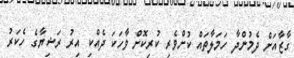
ގާޒާއަށް ދެމުންދާ ހަމަލާތައް ކުށްވެރި ކުރިކޮށް ވާހަކަ ދެއްކި އިރު ރަޝިޔާގެ ހެކަރު